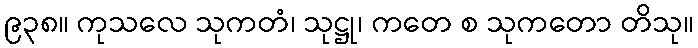
၉၃၈။ ကုသလေ သုကတံ၊ သုဋ္ဌု၊ ကတေ စ သုကတော တိသု။